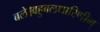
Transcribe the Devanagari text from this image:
बले।बहुबलधारिणीम्